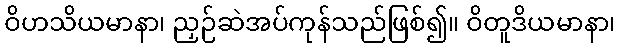
ဝိဟသိယမာနာ၊ ညှဉ်ဆဲအပ်ကုန်သည်ဖြစ်၍။ ဝိတူဒိယမာနာ၊